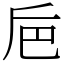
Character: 巵